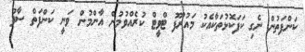
ކަންފަތުން ނެގި ކަފަކޮޅުތަކާއެކު މައުރޫފު ޓްވީޓް ކުރެއްވުމުން އާންމުން ވަނީ ކަންފަތް ސާފު